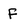
Character: F